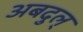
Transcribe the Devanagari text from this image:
अबदुल्